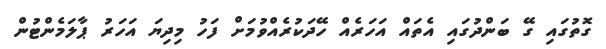
ގޮތުގައި ގޭ ބަންދުގައި އެތައް އަހަރެއް ހޭދަކުރެއްވުމަށް ފަހު މިދިޔަ އަހަރު ޕާލަމެންޓުން